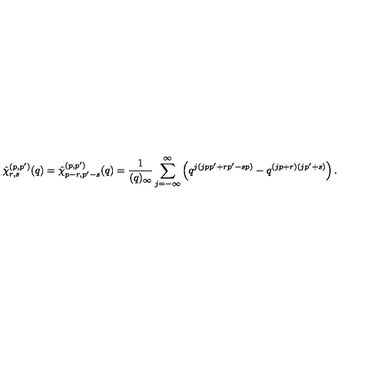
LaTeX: \hat { \chi } _ { r , s } ^ { ( p , p ^ { \prime } ) } ( q ) = \hat { \chi } _ { p - r , p ^ { \prime } - s } ^ { ( p , p ^ { \prime } ) } ( q ) = \frac { 1 } { ( q ) _ { \infty } } \sum _ { j = - \infty } ^ { \infty } \left( q ^ { j ( j p p ^ { \prime } + r p ^ { \prime } - s p ) } - q ^ { ( j p + r ) ( j p ^ { \prime } + s ) } \right) .